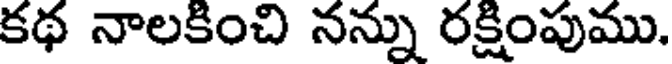
కథ నాలకించి నన్ను రక్షింపుము.